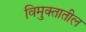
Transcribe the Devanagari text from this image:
विमुक्तातील